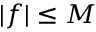
| f | \leq { M }